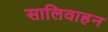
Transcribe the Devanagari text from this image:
सालिवाहन